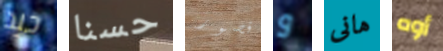
جيد حسنا قصور و هانى أوه